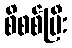
စိစစ်ပြီး